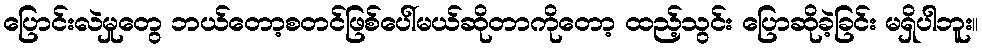
ပြောင်းလဲမှုတွေ ဘယ်တော့စတင်ဖြစ်ပေါ်မယ်ဆိုတာကိုတော့ ထည့်သွင်း ပြောဆိုခဲ့ခြင်း မရှိပါဘူး။